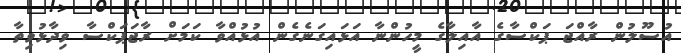
އުސޫލުން ރާއްޖަ ޕަކްސާގެ އާއިލާގެ މީހުންނާ އަޅައިގަނެގެން އުޅުއްވާ ކަމަށް ރާޖަޕަކްސާ ވިދާޅުވިތާ